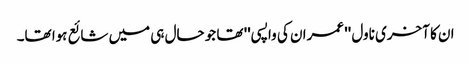
ان کا آخری ناول '' عمران کی واپسی'' تھا جو حال ہی میں شائع ہوا تھا۔